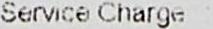
SERVICE CHARGE :